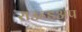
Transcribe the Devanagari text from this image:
राउन्डअप